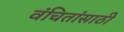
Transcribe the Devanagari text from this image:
वंचितांसाठी